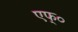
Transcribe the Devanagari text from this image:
एफ्०